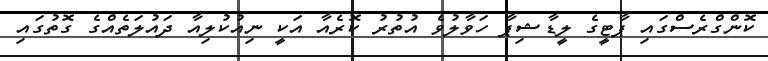
ކޮންގްރެސްގައި ޕާޓީގެ ލީޑާޝިޕާ ހަވާލުވެ އުތުރު ކޮރެއާ އަކީ ނިއުކުލިއާ ދައުލަތެއްގެ ގޮތުގައި